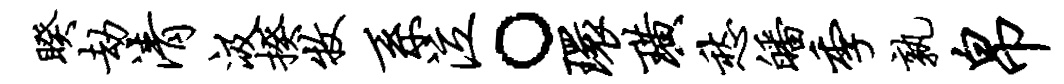
睽劫清汲揆牧系泣。环璜愁皤季孰帛